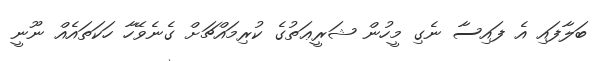
ބަލާފައި އެ ފައިސާ ނެގި މީހުން ޝަރީޢަތުގެ ކުރިމައްޗަށް ގެނެވޭހާ ހަކަތައެއް ނޫނީ